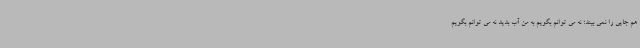
هم جایی را نمی بیند؛ نه می توانم بگویم به من آب بدید نه می توانم بگویم